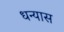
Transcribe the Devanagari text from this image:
धन्यास